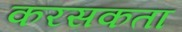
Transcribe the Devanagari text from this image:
करसकता